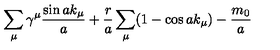
\sum _ { \mu } \gamma ^ { \mu } \frac { \sin a k _ { \mu } } { a } + \frac { r } { a } \sum _ { \mu } ( 1 - \cos a k _ { \mu } ) - \frac { m _ { 0 } } { a }